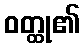
ဝတ္ထု၏